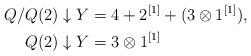
LaTeX: \begin{align*}Q/Q(2) \downarrow Y &= 4 + 2^{[1]} + (3 \otimes 1^{[1]}),\\Q(2) \downarrow Y &= 3 \otimes 1^{[1]}\end{align*}